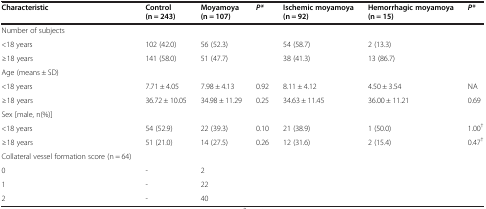
| Characteristic | Control (n = 243) | Moyamoya (n = 107) | P* | Ischemic moyamoya (n = 92) | Hemorrhagic moyamoya (n = 15) | P* |
 | --- | --- | --- | --- | --- | --- | --- |
 | Number of subjects |  |  |  |  |  |  |
 | <18 years | 102 (42.0) | 56 (52.3) |  | 54 (58.7) | 2 (13.3) |  |
 | ≥18 years | 141 (58.0) | 51 (47.7) |  | 38 (41.3) | 13 (86.7) |  |
 | Age (means ± SD) |  |  |  |  |  |  |
 | <18 years | 7.71 ± 4.05 | 7.98 ± 4.13 | 0.92 | 8.11 ± 4.12 | 4.50 ± 3.54 | NA |
 | ≥18 years | 36.72 ± 10.05 | 34.98 ± 11.29 | 0.25 | 34.63 ± 11.45 | 36.00 ± 11.21 | 0.69 |
 | Sex [male, n(%)] |  |  |  |  |  |  |
 | <18 years | 54 (52.9) | 22 (39.3) | 0.10 | 21 (38.9) | 1 (50.0) | 1.00† |
 | ≥18 years | 51 (21.0) | 14 (27.5) | 0.26 | 12 (31.6) | 2 (15.4) | 0.47† |
 | Collateral vessel formation score (n = 64) |  |  |  |  |  |  |
 | 0 | - | 2 |  |  |  |  |
 | 1 | - | 22 |  |  |  |  |
 | 2 | - | 40 |  |  |  |  |